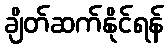
ချိတ်ဆက်နိုင်ရန်